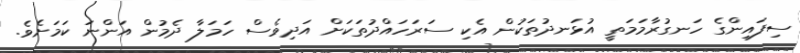
ސިފައިންގެ ހަނގުރާމަމަތީ އުޅަނދުތަކުން އެކި ސަރަހައްދުތަކަށް އަދިވެސް ހަމަލާ ދެމުން އަންނަ ކަމަށެވެ.